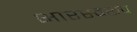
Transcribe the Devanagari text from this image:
भारस्वरूप